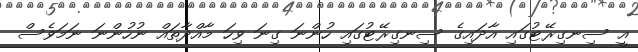
އީ ސިނގިރޭޓުގައި އާދައިގެ ސިނގިރޭޓުގައި ހުންނަ ގިނަ ވިހަ މާއްދާތައް ނުހުންނަ ނަމަވެސް